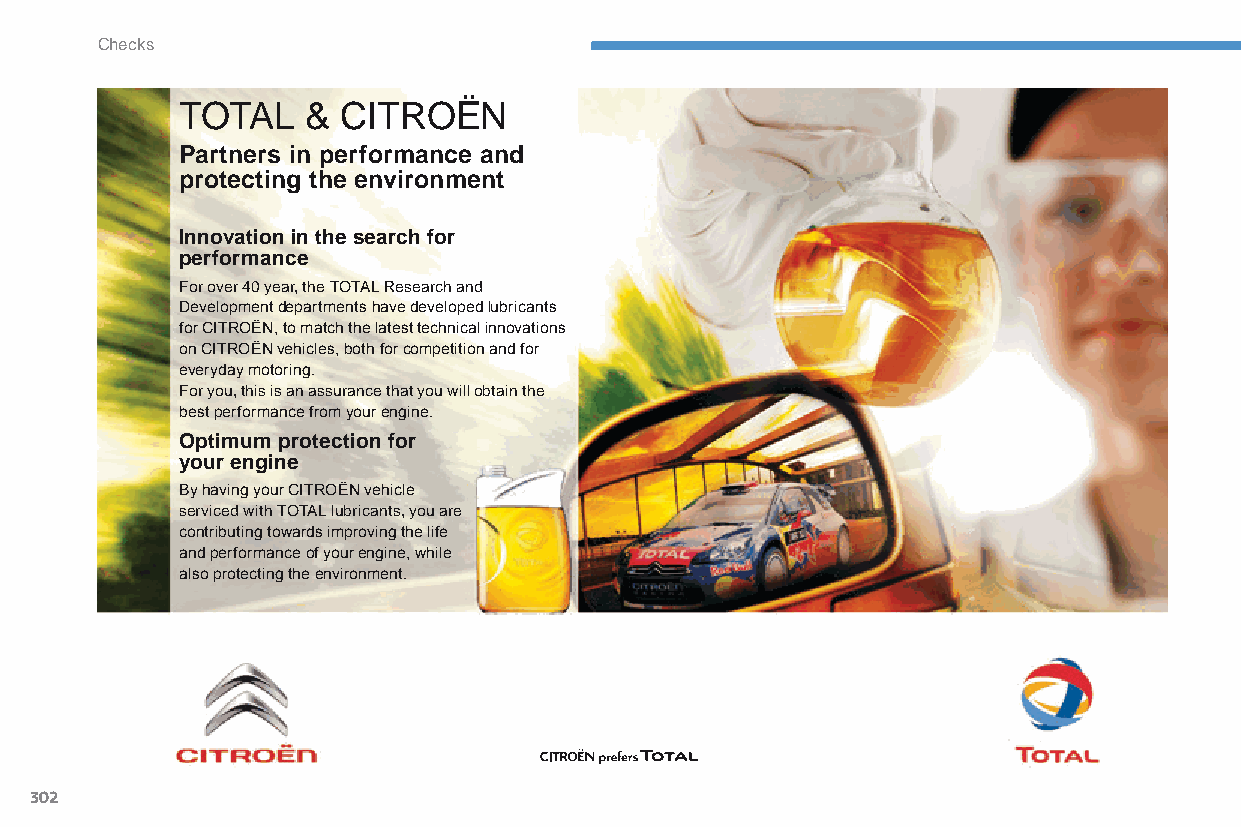
Checks
 ToTaL   & CITRoËn
 Partners in performance and
 protecting the environment
 Innovation in the search for
 performance
 For over 40 year, the ToTaL Research and
 Development departments have developed lubricants
 for CITROËN, to match the latest technical innovations
 on CITROËN vehicles, both for competition and for
 everyday motoring.
 For you, this is an assurance that you will obtain the
 best performance from your engine.
 Optimum protection for
 your engine
 By having your CITROËN vehicle
 serviced with ToTaL lubricants, you are
 contributing towards improving the life
 and performance of your engine, while
 also protecting the environment.
 302
 C4-Picasso-II_en_Chap08_verifications_ed01-2015